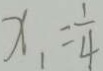
x _ { 1 } = \frac { 1 } { 4 }